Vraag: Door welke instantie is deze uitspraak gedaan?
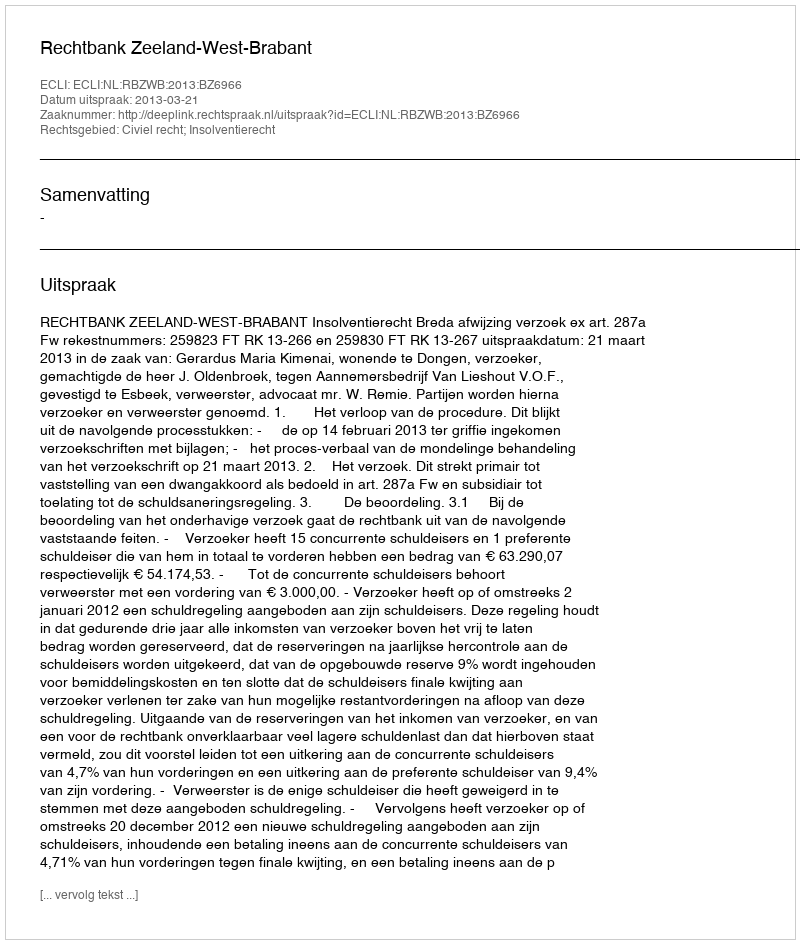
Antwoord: Rechtbank Zeeland-West-Brabant